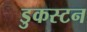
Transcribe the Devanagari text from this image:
डुकस्टन